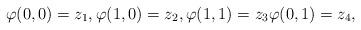
LaTeX: \begin{align*}\varphi(0,0)=z_1,\varphi(1,0)=z_2,\varphi(1,1)=z_3\varphi(0,1)=z_4,\end{align*}